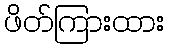
ဖိတ်ကြားထား